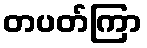
တပတ်ကြာ